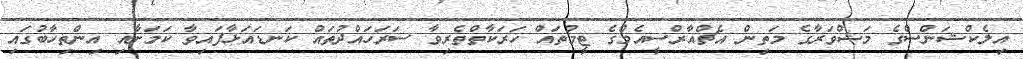
އިލެކްޝަންސްގެ މަޝްވަރާގެ މަތިން އެޗްއާރްސީއެމްގެ ޓީމުތައް ހަރަކާތްތެރިވާ ސަރަހައްދުތައް ކަނޑައަޅާފައިވާ ކަމަށާއި އިންތިހާބުގައި